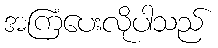
အကြံပေးလိုပါသည်